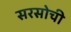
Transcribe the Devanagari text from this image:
सरसोची